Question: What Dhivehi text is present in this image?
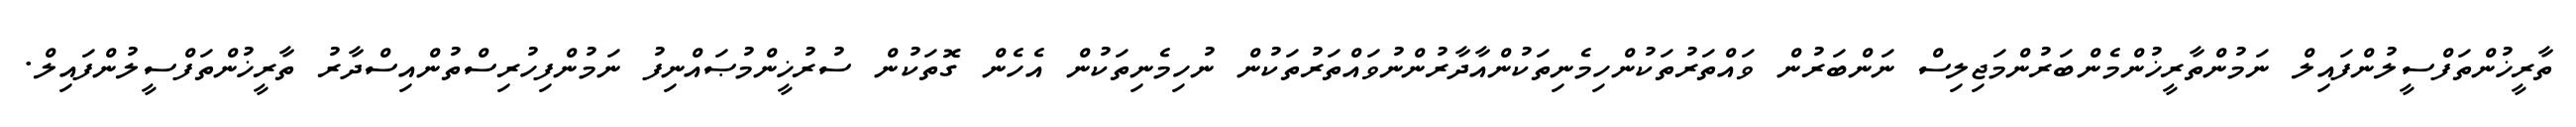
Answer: ތާރީޚުންތަފްސީލުންފައިލް ނަމުންތާރީޚުންމެންބަރުންމަޖިލިސް ނަންބަރުން ވައްތަރުތަކުންހިމެނިތަކުންއާދާރުންނުވައްތަރުތަކުން ނުހިމެނިތަކުން އެހެން ގޮތަކުން ސުރުޚީންމުޞައްނިފު ނަމުންފިހުރިސްތުންއިސްދާރު ތާރީޚުންތަފްސީލުންފައިލް.